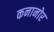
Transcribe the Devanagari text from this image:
कनानोर